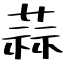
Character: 蒜